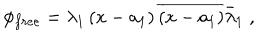
LaTeX: \phi _ { f r e e } = \lambda _ { 1 } \left( x - a _ { 1 } \right) \overline { { { \left( x - a _ { 1 } \right) } } } \bar { \lambda } _ { 1 } \; ,